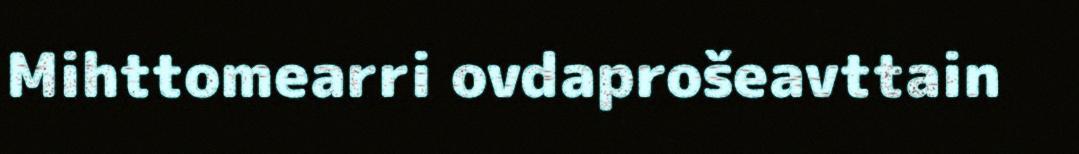
Mihttomearri ovdaprošeavttain